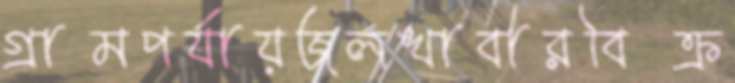
গ্রামপর্যায়জলখাবারবিক্র